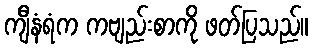
ကျီနံရံက ကဗျည်းစာကို ဖတ်ပြသည်။